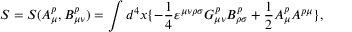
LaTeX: { \cal S } = { \cal S } ( A _ { \mu } ^ { p } , B _ { \mu \nu } ^ { p } ) = \int { d ^ { 4 } } x \{ - \frac { 1 } { 4 } { \varepsilon } ^ { \mu \nu \rho \sigma } G _ { \mu \nu } ^ { p } B _ { \rho \sigma } ^ { p } + \frac { 1 } { 2 } A _ { \mu } ^ { p } A ^ { p \mu } \} ,